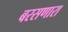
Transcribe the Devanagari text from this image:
बरसणारा